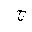
Letter: _gim